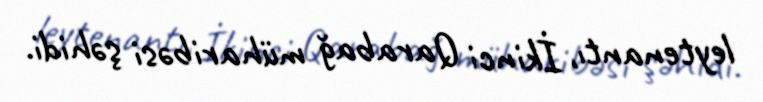
leytenantı, İkinci Qarabağ müharibəsi şəhidi.